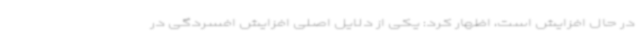
در حال افزایش است، اظهار کرد: یکی از دلایل اصلی افزایش افسردگی در